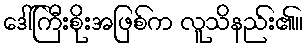
ဒေါ်ကြီးစိုးအဖြစ်က လူသိနည်း၏။